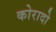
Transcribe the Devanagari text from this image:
कोरादो